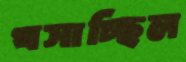
খসাচ্ছিল